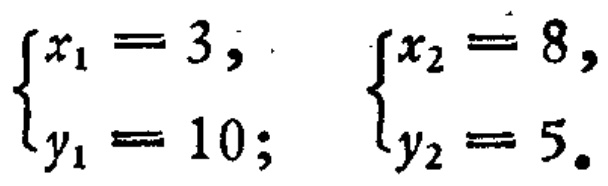
\(\begin{cases}x_{1}=3,\\y_{1}=10;\end{cases}\quad\begin{cases}x_{2}=8,\\y_{2}=5.\end{cases}\)